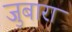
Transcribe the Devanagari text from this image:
जुबारा